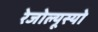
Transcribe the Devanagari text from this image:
रेजोल्यूस्यो